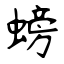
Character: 螃